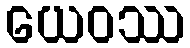
ယေဝဿ